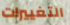
التغييرات